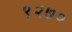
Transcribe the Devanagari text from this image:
९२७०